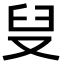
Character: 𪠨